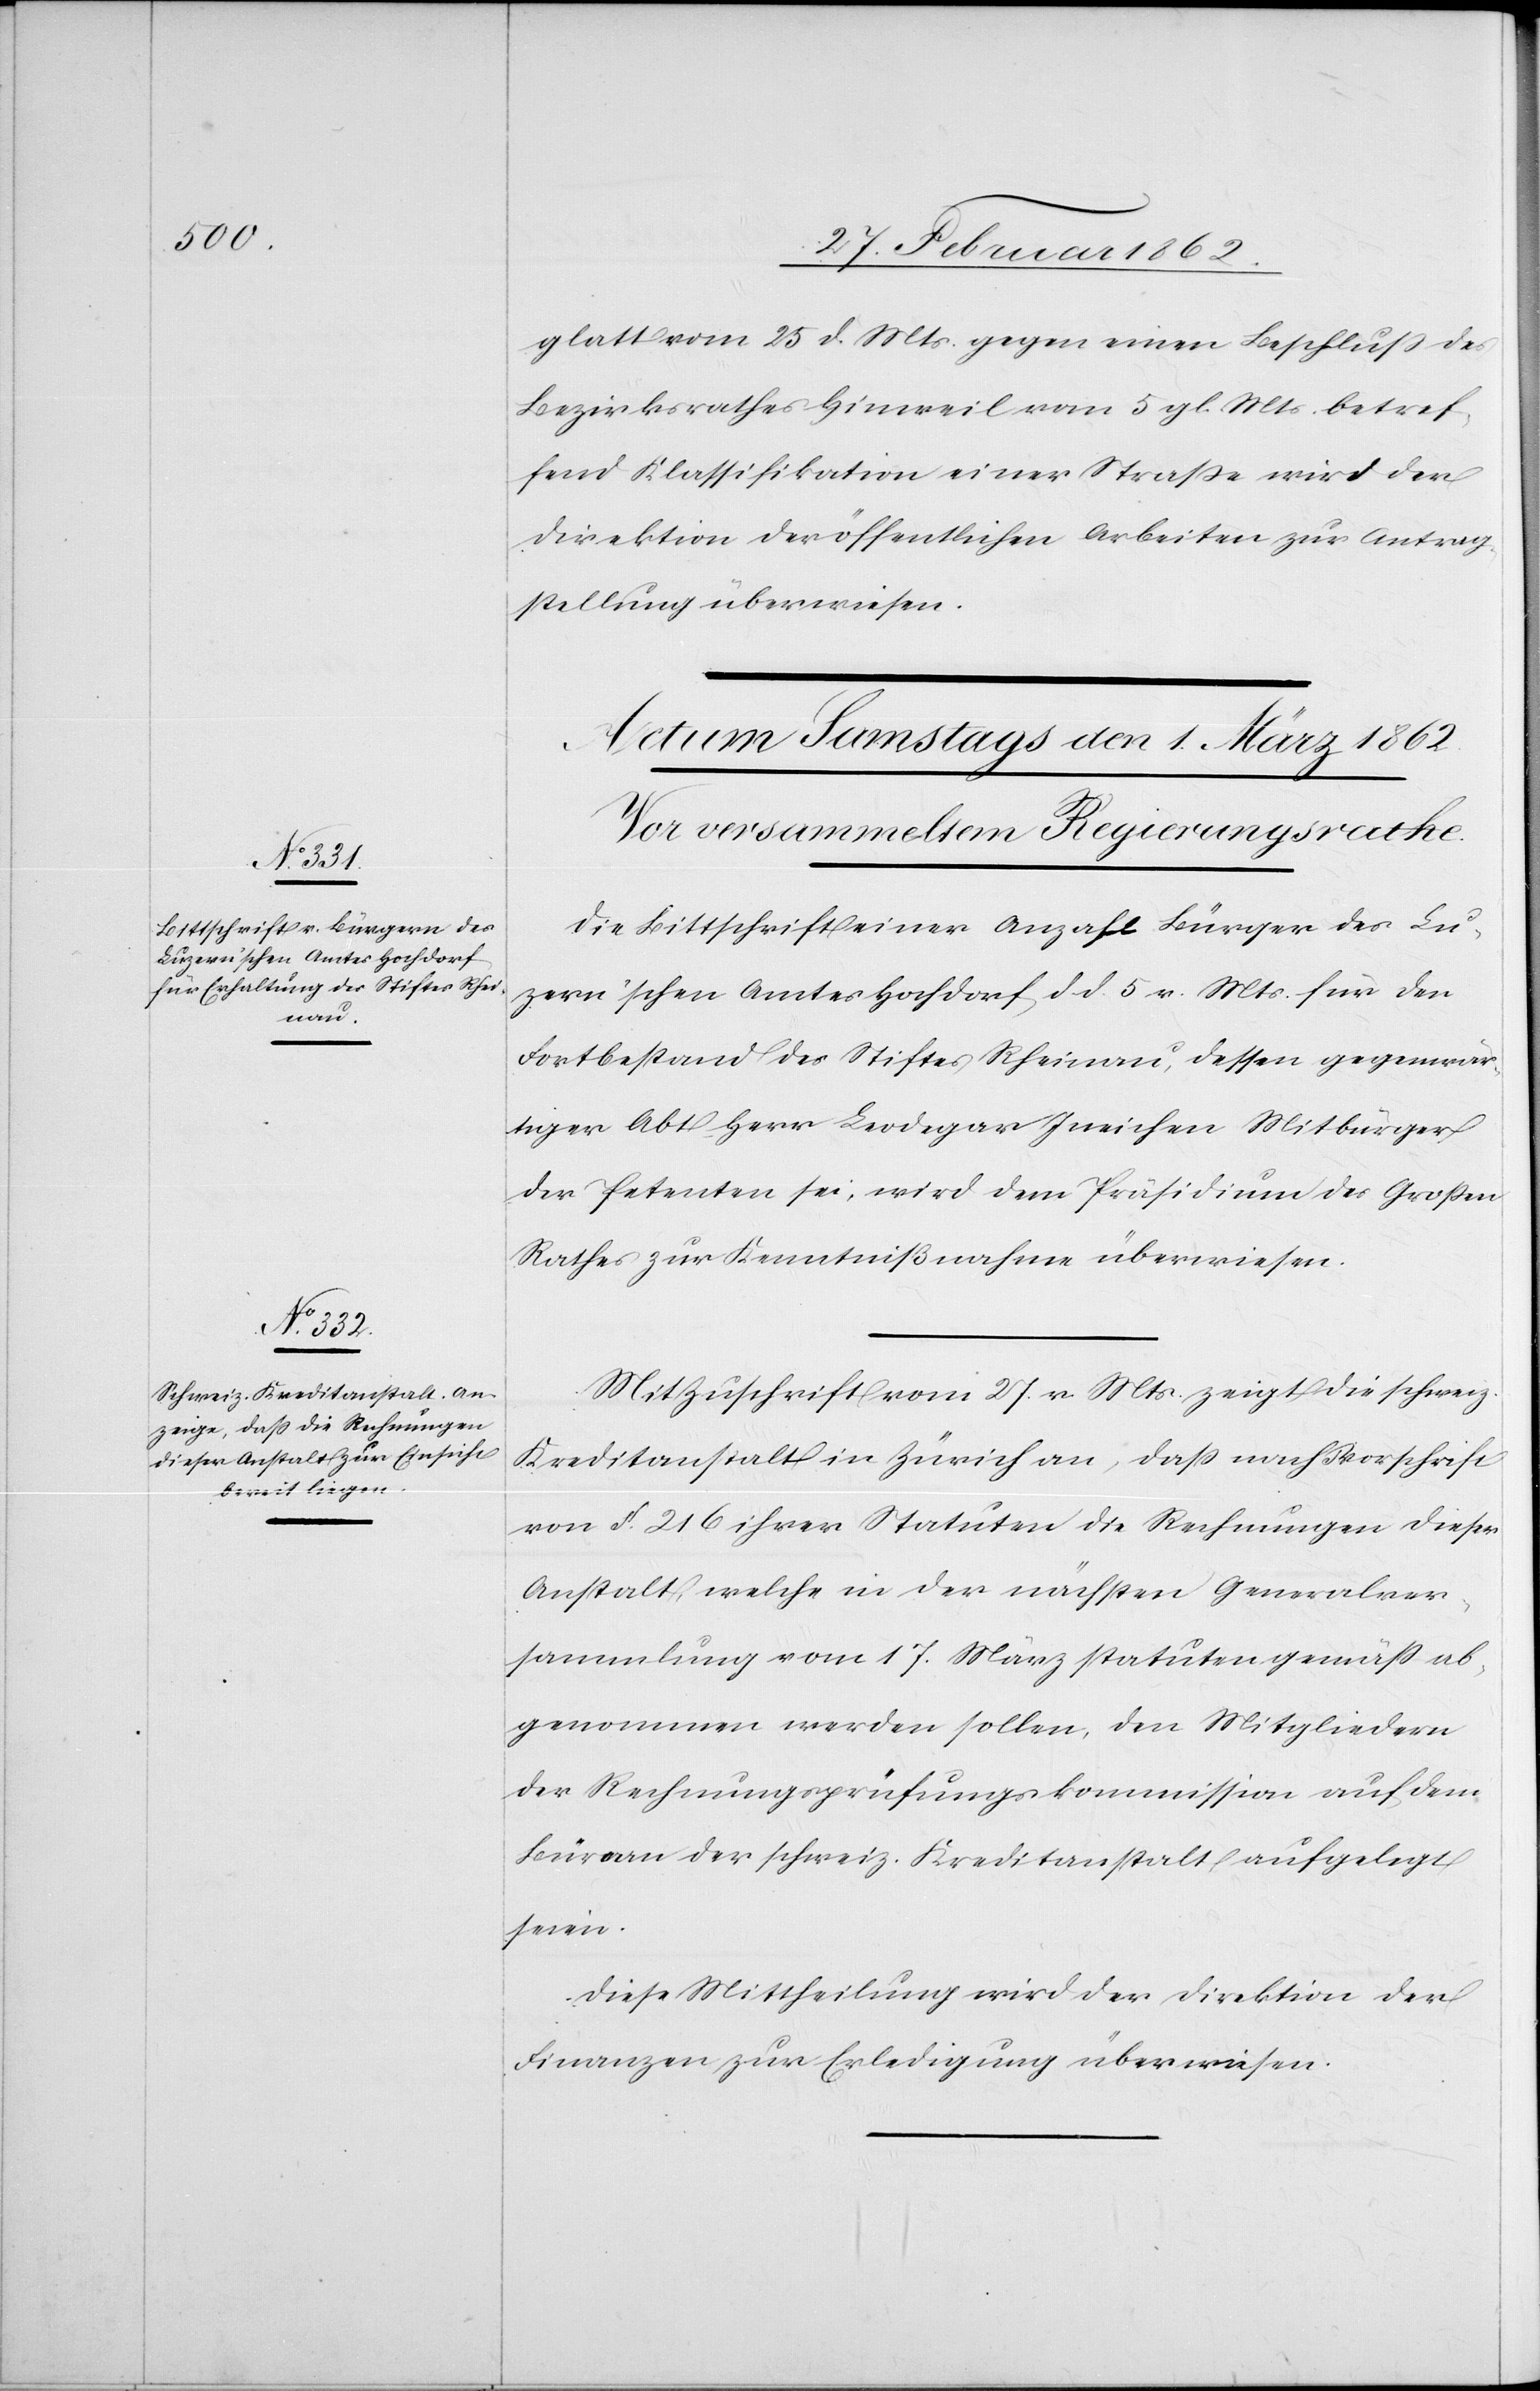
glatt vom 25 d. Mts. gegen einen Beschluß des
Bezirksrathes Hinweil vom 5 gl. Mts. betref¬
fend Klassifikation einer Straße wird der
Direktion der öffentlichen Arbeiten zur Antrag¬
stellung überwiesen.
Die Bittschrift einer Anzahl Bürger des Lu¬
zern’schen Amtes Hochdorf d. d. 5 v. Mts. für den
Fortbestand des Stiftes Rheinau, dessen gegenwär¬
tiger Abt Herr Leodegar Ineichen Mitbürger
der Petenten sei, wird dem Präsidium des Großen
Rathes zur Kenntnißnahme überwiesen.
Mit Zuschrift vom 27. v. Mts. zeigt die schweiz.
Kreditanstalt in Zürich an, daß nach [?V]orschrift
von §. 216 ihrer Statuten die Rechnungen dieser
Anstalt, welche in der nächsten Generalver¬
sammlung vom 17. März statutengemäß ab¬
genommen werden sollen, den Mitgliedern
der Rechnungsprüfungskommission auf dem
Büreau der schweiz. Kreditanstalt aufgelegt
seien.
Diese Mittheilung wird der Direktion der
Finanzen zur Erledigung überwiesen.